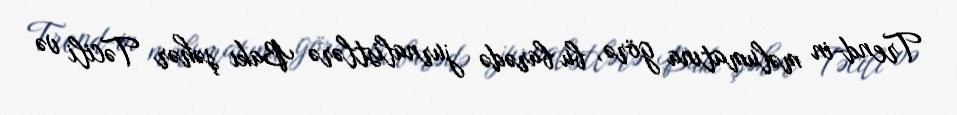
Trend-in məlumatına görə, bu barədə jurnalistlərə Bakı şəhər Təcili və